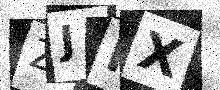
Text: ZJFX